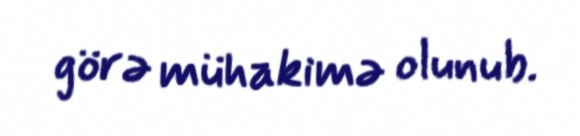
görə mühakimə olunub.